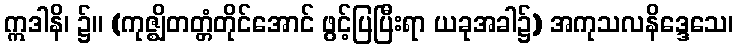
ဣဒါနိ၊ ၌။ (ကုဇ္ဈိတတ္တံတိုင်အောင် ဖွင့်ပြပြီးရာ ယခုအခါ၌) အကုသလနိဒ္ဒေသေ၊